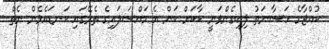
ކުއްޖާގެ ހަޟާނަތު ލިބިގެންވަނީ ކާކަށް ކަން އެ މައްސަލައިގެ ތެރޭގައި ކަނޑައެޅެން ނެތް